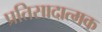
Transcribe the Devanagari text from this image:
प्रतिसादात्मक